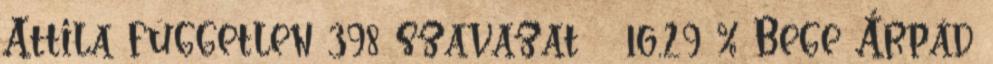
Attila független 398 szavazat 16,29 % Bege Árpád